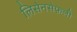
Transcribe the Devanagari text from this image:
लिसेनसेफ़ली